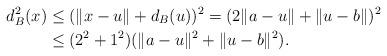
LaTeX: \begin{align*}d_{B}^2(x)&\leq(\|x-u\|+d_{B}(u))^2=(2\|a-u\|+\|u-b\|)^2\\&\leq (2^2+1^2)(\|a-u\|^2+\|u-b\|^2).\end{align*}